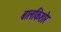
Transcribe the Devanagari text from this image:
बालकिशोर